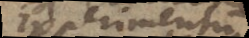
Experimentum